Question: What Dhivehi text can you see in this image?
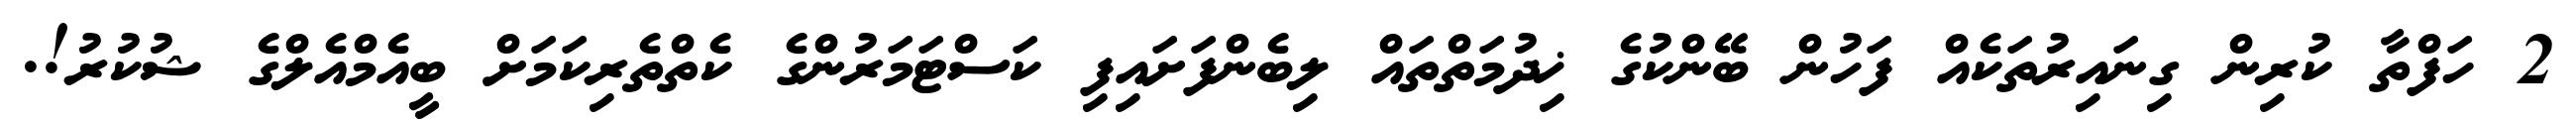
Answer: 2 ހަފްތާ ކުރިން ގިނައިރުތަކެއް ފަހުން ބޭންކުގެ ޚިދުމަތްތައް ލިބެންފަށައިފި ކަސްޓަމަރުންގެ ކެތްތެރިކަމަށް ބީއެމްއެލްގެ ޝުކުރު!.